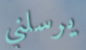
يرسلني